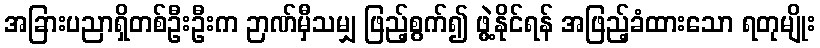
အခြားပညာရှိတစ်ဦးဦးက ဉာဏ်မှီသမျှ ဖြည့်စွက်၍ ဖွဲ့နိုင်ရန် အဖြည့်ခံထားသော ရတုမျိုး